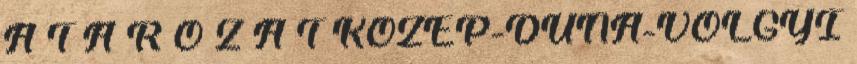
A T Á R O Z A T KÖZÉP-DUNA-VÖLGYI